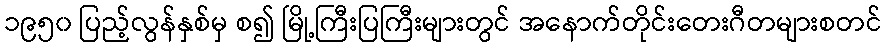
၁၉၅၀ ပြည့်လွန်နှစ်မှ စ၍ မြို့ကြီးပြကြီးများတွင် အနောက်တိုင်းတေးဂီတများစတင်